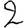
Digit: 2